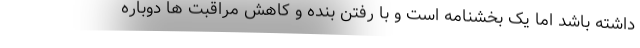
داشته باشد اما یک بخشنامه است و با رفتن بنده و کاهش مراقبت ها دوباره